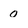
Character: 0